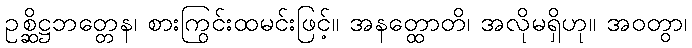
ဥစ္ဆိဋ္ဌဘတ္တေန၊ စားကြွင်းထမင်းဖြင့်။ အနတ္ထောတိ၊ အလိုမရှိဟု။ အဝတွာ၊